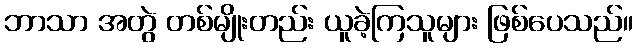
ဘာသာ အတွဲ တစ်မျိုးတည်း ယူခဲ့ကြသူများ ဖြစ်ပေသည်။